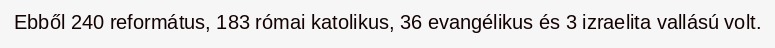
Ebből 240 református, 183 római katolikus, 36 evangélikus és 3 izraelita vallású volt.